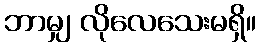
ဘာမျှ လိုလေသေးမရှိ။